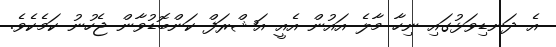
އެ ދަނޑިވަޅުގައި ނިހާ މާލެ އައުން އެއީ އަޝްރަފް ކަންބޮޑުވާން ޖެހުނު ކަމެކެވެ.